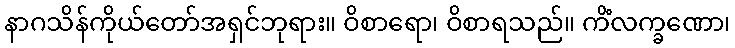
နာဂသိန်ကိုယ်တော်အရှင်ဘုရား။ ဝိစာရော၊ ဝိစာရသည်။ ကိံလက္ခဏော၊